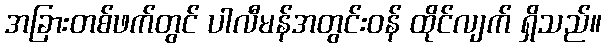
အခြားတစ်ဖက်တွင် ပါလီမန်အတွင်းဝန် ထိုင်လျက် ရှိသည်။